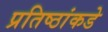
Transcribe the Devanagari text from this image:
प्रतिष्ठांकडे